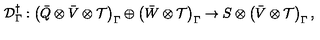
{ \cal D } _ { \Gamma } ^ { \dagger } : \left( \bar { Q } \otimes \bar { V } \otimes { \cal T } \right) _ { \Gamma } \oplus \left( \bar { W } \otimes { \cal T } \right) _ { \Gamma } \rightarrow S \otimes \left( \bar { V } \otimes { \cal T } \right) _ { \Gamma } ,